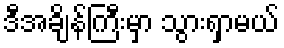
ဒီအချိန်ကြီးမှာ သွားရှာမယ်